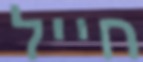
חייל